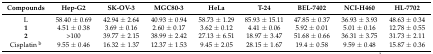
| Compounds | Hep-G2 | SK-OV-3 | MGC80-3 | HeLa | T-24 | BEL-7402 | NCI-H460 | HL-7702 |
 | --- | --- | --- | --- | --- | --- | --- | --- | --- |
 | L | 58.40 ± 0.69 | 42.94 ± 2.64 | 40.93 ± 0.94 | 58.73 ± 1.29 | 85.93 ± 15.11 | 47.85 ± 0.37 | 36.93 ± 3.93 | 48.63 ± 0.34 |
 | 1 | 4.51 ± 0.38 | 3.69 ± 0.16 | 2.60 ± 0.17 | 3.62 ± 0.12 | 4.41 ± 0.06 | 5.92 ± 0.01 | 5.01 ± 0.16 | 12.78 ± 0.55 |
 | 2 | >100 | 39.77 ± 2.15 | 38.99 ± 2.42 | 27.13 ± 6.51 | 18.97 ± 3.47 | 51.68 ± 0.66 | 36.31 ± 3.75 | 31.73 ± 2.11 |
 | Cisplatin b | 9.55 ± 0.46 | 16.32 ± 1.37 | 12.37 ± 1.53 | 9.45 ± 2.05 | 28.15 ± 1.67 | 19.4 ± 0.58 | 9.59 ± 0.48 | 15.87 ± 0.36 |